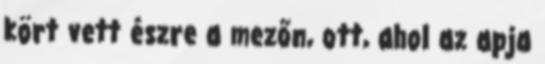
kört vett észre a mezőn, ott, ahol az apja